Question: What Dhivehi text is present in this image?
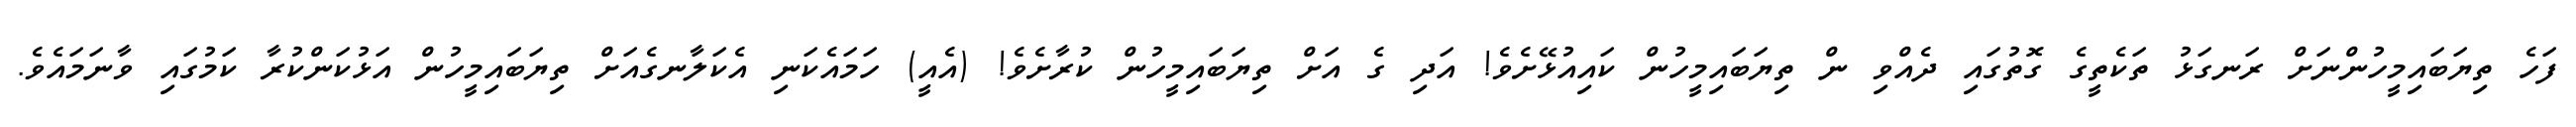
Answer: ފަހެ ތިޔަބައިމީހުންނަށް ރަނގަޅު ތަކެތީގެ ގޮތުގައި ދެއްވި ން ތިޔަބައިމީހުން ކައިއުޅޭށެވެ! އަދި ގެ އަށް ތިޔަބައިމީހުން ކުރާށެވެ! (އެއީ) ހަމައެކަނި އެކަލާނގެއަށް ތިޔަބައިމީހުން އަޅުކަންކުރާ ކަމުގައި ވާނަމައެވެ.